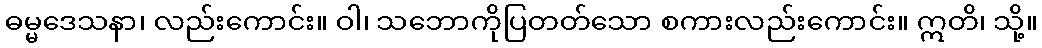
ဓမ္မဒေသနာ၊ လည်းကောင်း။ ဝါ၊ သဘောကိုပြတတ်သော စကားလည်းကောင်း။ ဣတိ၊ သို့။